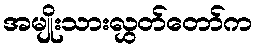
အမျိုးသားလွှတ်တော်က